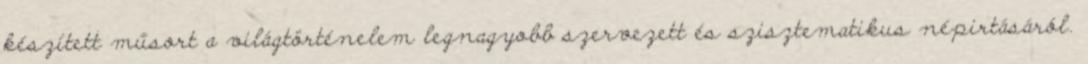
készített műsort a világtörténelem legnagyobb szervezett és szisztematikus népirtásáról.